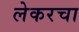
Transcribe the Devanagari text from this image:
लेकरचा